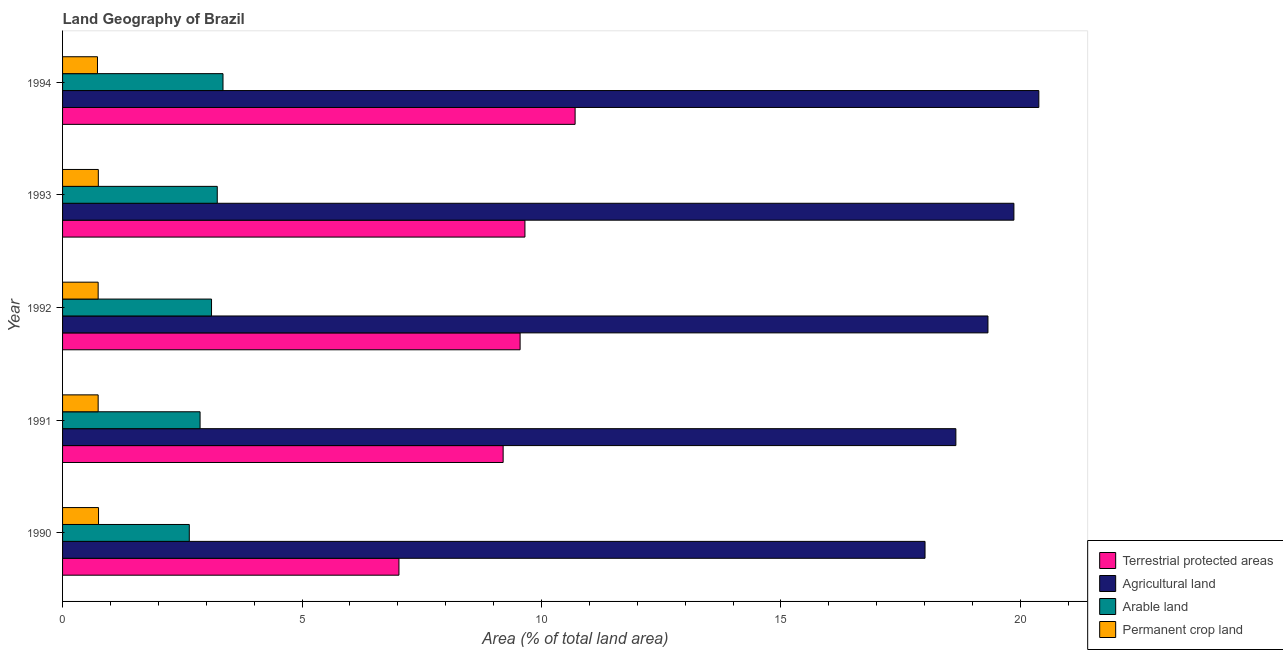
| Year | Terrestrial protected areas | Agricultural land | Arable land | Permanent crop land |
 | --- | --- | --- | --- | --- |
 | 1990 | 7.02 | 18 | 2.65 | 0.751 |
 | 1991 | 9.2 | 18.7 | 2.87 | 0.743 |
 | 1992 | 9.55 | 19.3 | 3.11 | 0.743 |
 | 1993 | 9.66 | 19.9 | 3.23 | 0.747 |
 | 1994 | 10.7 | 20.4 | 3.35 | 0.729 |